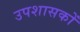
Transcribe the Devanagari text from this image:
उपशासकों